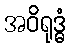
အဝိရုဒ္ဓံ